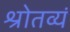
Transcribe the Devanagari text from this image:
श्रोतव्यं